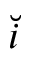
\breve { i }